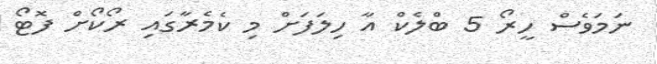
ނަމަވެސް ހީރޯ 5 ބްލެކް އާ ހިލަފަށް މި ކެމެރާގައި ރޯކޯށް ފޮޓޯ